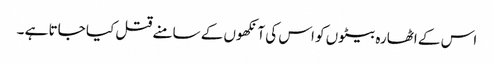
اس کے اٹھارہ بیٹوں کو اس کی آنکھوں کے سامنے قتل کیا جاتا ہے ۔